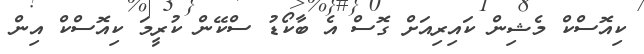
ކިއޮސްކް މެޝިން ކައިރިއަށް ގޮސް އެ ބާކޯޑު ސްކޭން ކުރީމަ ކިއޮސްކް އިން